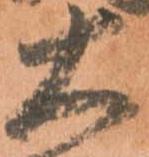
大